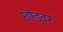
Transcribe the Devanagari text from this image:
छोड़वर